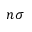
n \sigma